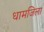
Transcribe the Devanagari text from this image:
धामजिला